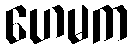
ဟေမက